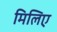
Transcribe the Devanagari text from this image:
मिलिए